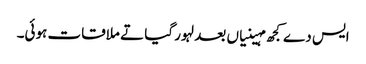
ایس دے کجھ مہینیاں بعد لہور گیا تے ملاقات ہوئی۔